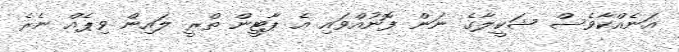
އަނެއްކާވެސް ޝަކީލާގެ ނަން ފޮނުއްވައި އެ ޕާޓީން ތްރީ ލައިން ވިޕެއް ނެރެ